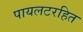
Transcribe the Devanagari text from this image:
पायलटरहित